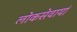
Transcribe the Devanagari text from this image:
लोकसेवायां